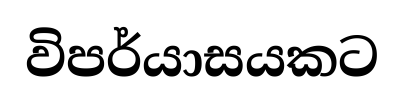
විපර්යාසයකට